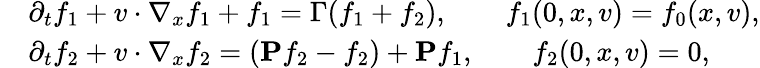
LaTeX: \begin{array}{rl}&{\partial_{t}f_{1}+v\cdot\nabla_{x}f_{1}+f_{1}=\Gamma(f_{1}+f_{2}),\qquad f_{1}(0,x,v)=f_{0}(x,v),}\\ &{\partial_{t}f_{2}+v\cdot\nabla_{x}f_{2}=(\mathbf{P}f_{2}-f_{2})+\mathbf{P}f_{1},\qquad f_{2}(0,x,v)=0,}\end{array}